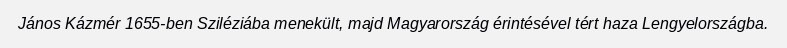
János Kázmér 1655-ben Sziléziába menekült, majd Magyarország érintésével tért haza Lengyelországba.